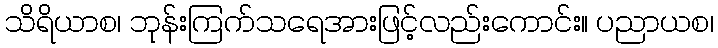
သိရိယာစ၊ ဘုန်းကြက်သရေအားဖြင့်လည်းကောင်း။ ပညာယစ၊